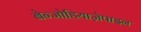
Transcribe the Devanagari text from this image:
बेन्जोडियाज़ेपाइन